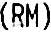
(RM)